Lunatic asylums Punjab 1911-1921 - 1911-1921
Year: 1911
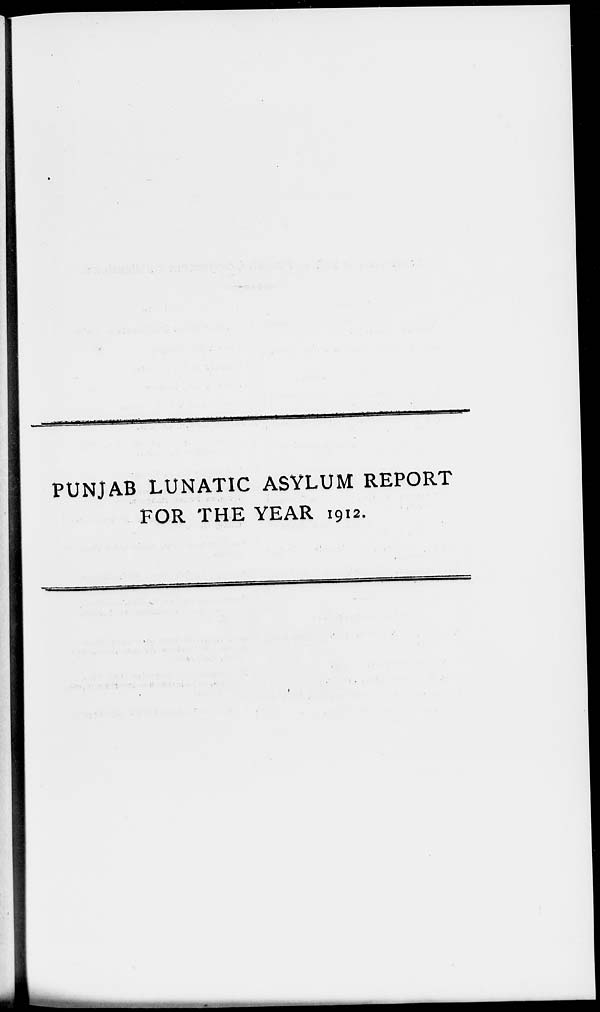
PUNJAB LUNATIC ASYLUM REPORT
FOR THE YEAR 1912.